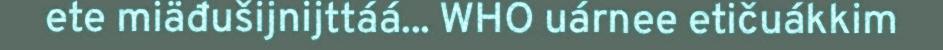
ete miäđušijnijttáá... WHO uárnee etičuákkim